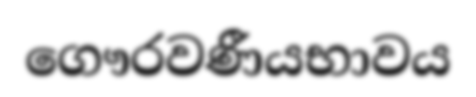
ගෞරවණීයභාවය